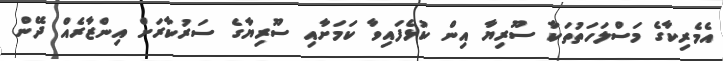
އެމެރިކާގެ މަސްލަހަތުތަކާ ސޫރިޔާ އިން ކުޅެފައިވާ ކަމަށާއި ސޫރިޔާގެ ސަރުކާރަށް އިންޒާރެއް ދޭން